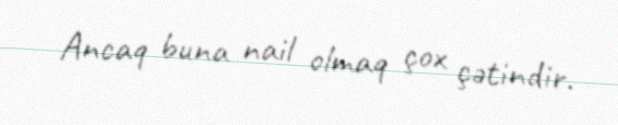
Ancaq buna nail olmaq çox çətindir.